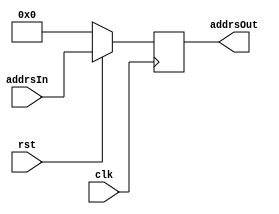
// Memory Address Register (MAR)
// Functions as a buffer for addresses to insure that addresses
// only reach the sram on the negative edge of the clock.
// Changes output on the negative edge of the clock.
// Active low reset to 11-bit 0 address.

module mar(addrsOut, addrsIn, clk, rst);
	output reg[10:0] addrsOut;
	input[10:0] addrsIn;
	input clk, rst;

	always @(negedge clk) begin
		if (!rst) begin
			addrsOut[10:0] = 11'b0;
		end else begin
			addrsOut[10:0] = addrsIn[10:0];
		end
	end
endmodule